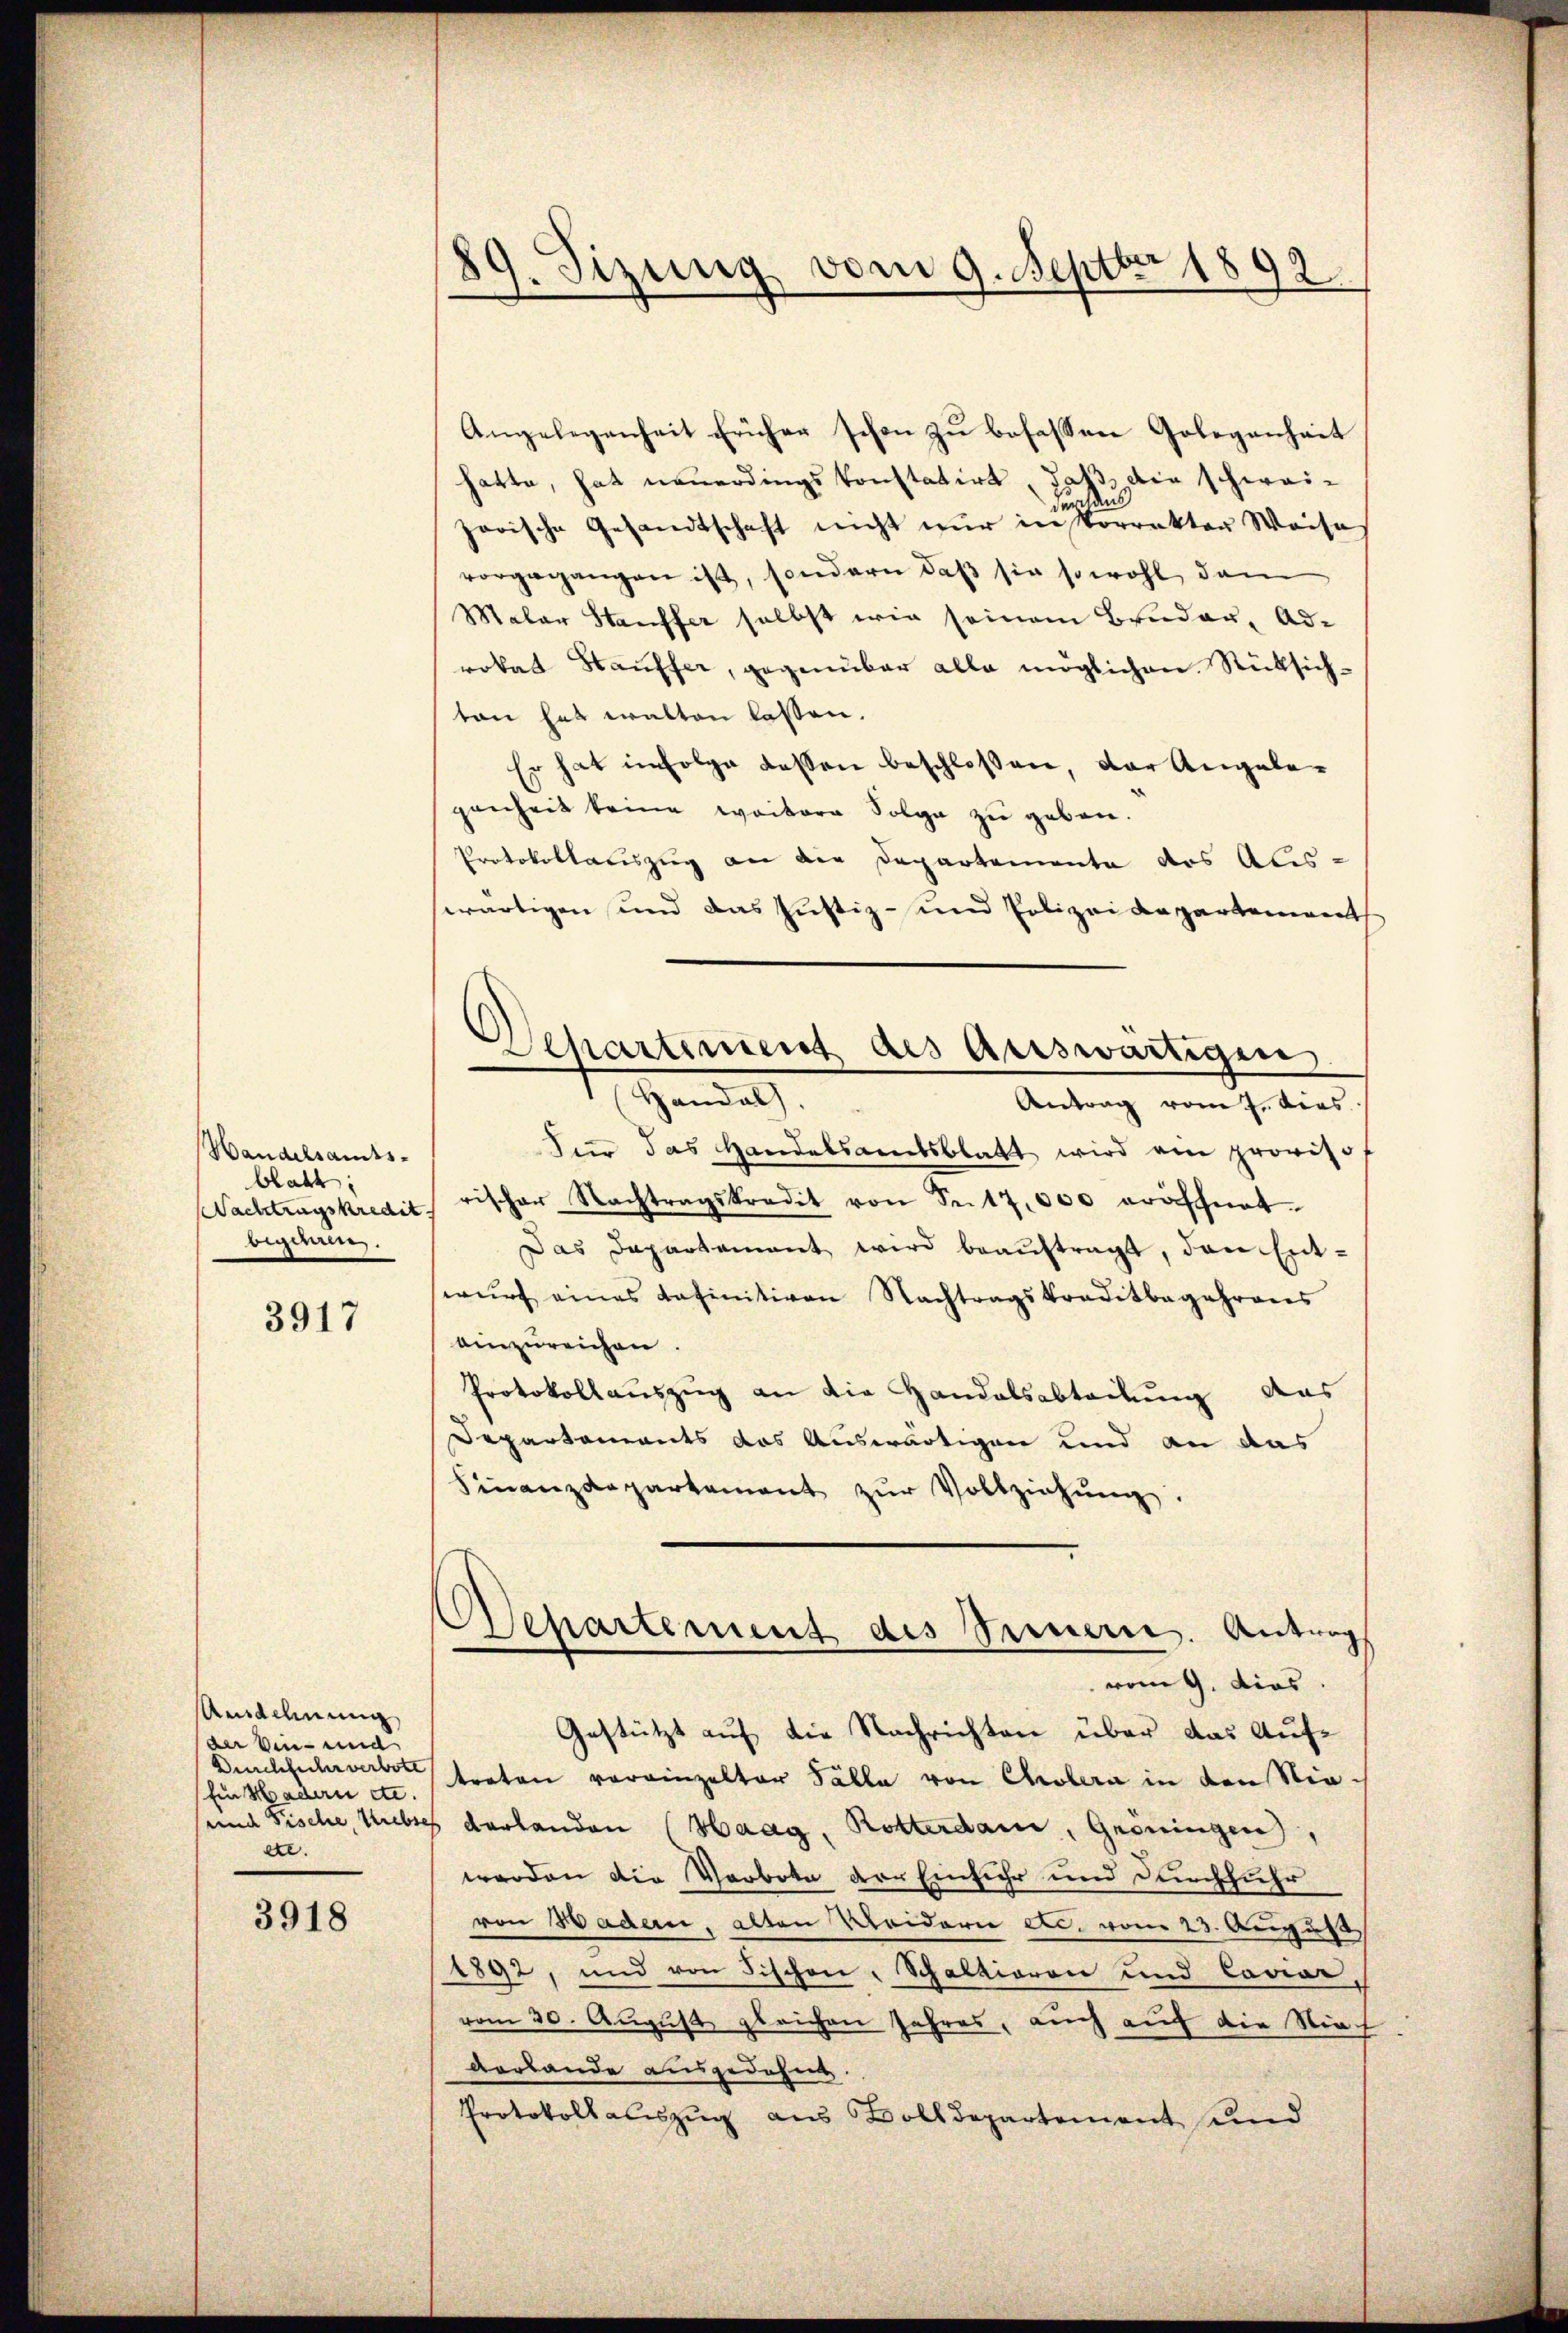
Handelsamts-
blatt
(Nachtragskredit.
bigdam.

3917

Ausdehnung
der Vice- und
Durchfuhrverbote
(Ein Hadern etc.
ete.

3918

89. Sizung vom 9. Septbr 1892.

d
)
Aepartement des Auswärtigen,
Gendan
Antrag vom 4. dies

Angelegenheit früher schon zu befassen Gelegenheit
hatte, hat neuerdings konstatirt, daß die schweideldens
zorische Gesandtschaft nicht nur in Vorrektor Waise
vorgegangen ist, sondern daß sie sowohl dem
Malar Stauffer selbst wir seinem Bunder, Adrokat Stauffer, gegenüber alle möglichen Rücksichton hat walten lassen.
Er hat infolge dessen beschloßen, der Angelegenheit keine weitere Folge zu geben.
Protokollauszug an die Departemente des Abis-
wärtigen und das Justiz- und Polizeidepartement
Für das Handelsamtsblatt wird ein proviso
rischer Nachtragskredit von Se.17,000 eröffnet.
Das Departamant wird beaŭftragt, den Ent-
wŭrf eines definitiven Nachtragskreditbegehrens
einzureichen.
Protokollauszug an die Handelsabteilung aus
Departements das Auswärtigen und an das
Finanzdepartement zŭr Vollziehŭng.
Separtement des Seinern. Antrags
vom 9. dies.
Gestützt auf die Nachrichten über das Auftreten voreinzelter Talla von Cholera in den Stie-
sund Fische, liebtes derlanden (Haag, Rotterdam, Gröningen),
werden die Verbote der Einfuhr und durchfuhr
von Hadern, alten Plaiderie es, vom 23. August
1892, und von Fischen Schaltioren und Laviar
vom 30. August gleichen Jahres, auch auf die Nich
verlande ausgedehnt.
Protokollauszug aus Bolldepartement und